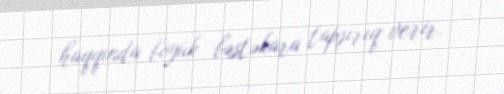
haqqında böyük bəstəkara tapşırıq verir.